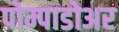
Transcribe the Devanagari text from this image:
पोम्पाडोअर